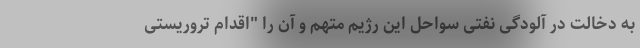
به دخالت در آلودگی نفتی سواحل این رژیم متهم و آن را "اقدام تروریستی